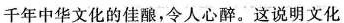
千年中华文化的佳酿，令人心醉。这说明文化